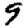
Digit: 9